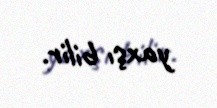
yaxşı bilir.